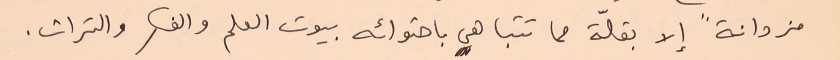
مزدانةً إلا بقلّة مما تتباهى باحتوائه بيوت العلم والفكر والتراث.